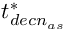
t _ { d e c n _ { a s } } ^ { * }